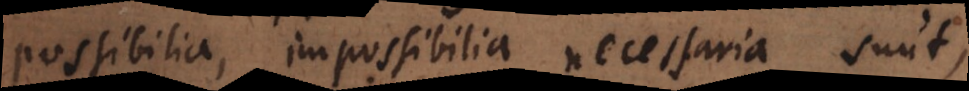
possibilia, impossibilia, necessaria sunt,